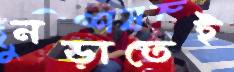
নড়াতেই